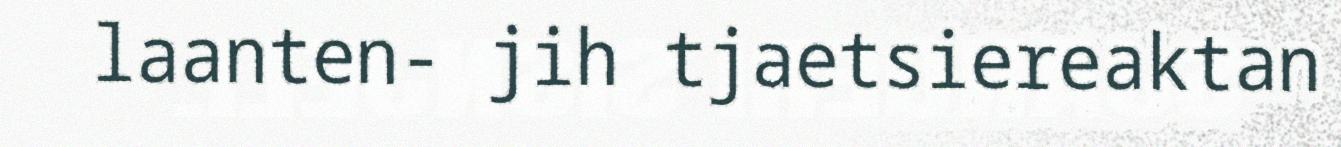
laanten- jih tjaetsiereaktan